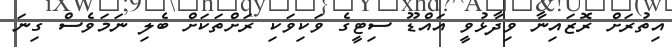
އިތުރަށް ރޮޒައިނާ ވިދާޅުވީ އައްޑޫ ސިޓީގެ ވަކިވަކި ރަށްތަކަށް ބެލި ނަމަވެސް ގިނަ